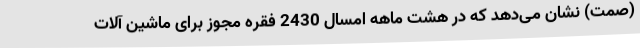
(صمت) نشان می‌دهد که در هشت ماهه امسال 2430 فقره مجوز برای ماشین آلات